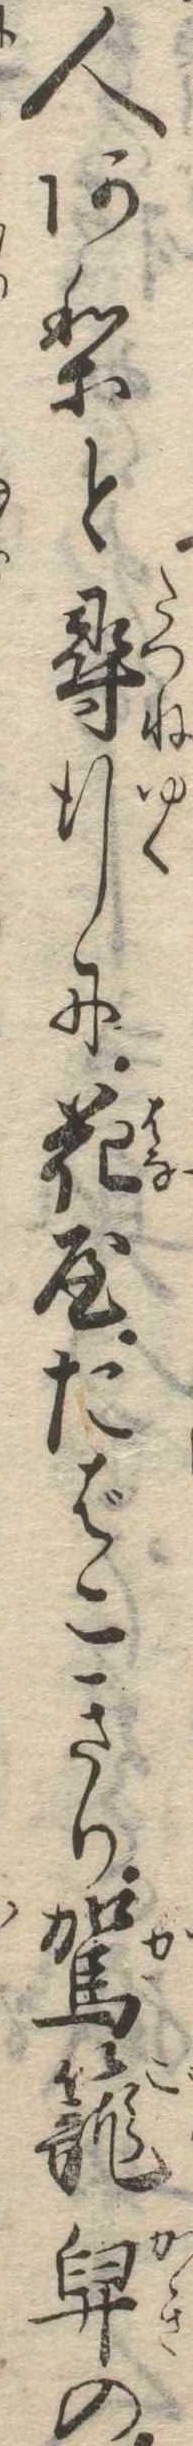
人ありと尋行に花屋たばこきり駕篭舁の